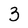
Character: 3